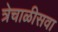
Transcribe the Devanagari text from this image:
त्रेचाळीसवा